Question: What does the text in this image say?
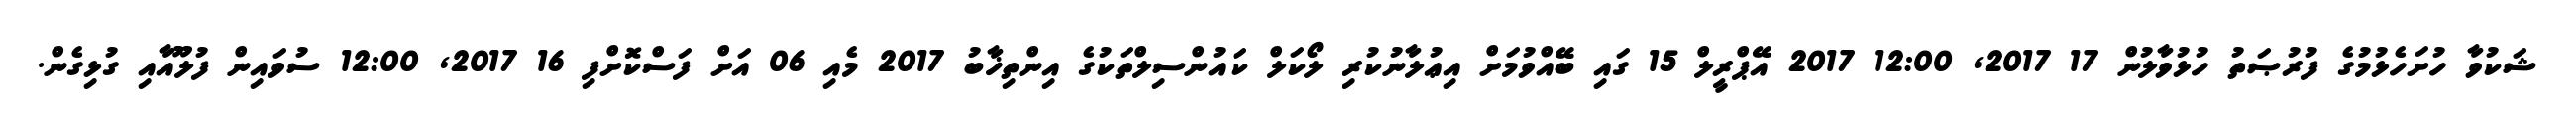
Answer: ޝަކުވާ ހުށަހެޅުމުގެ ފުރުޞަތު ހުޅުވާލުން 17 2017, 12:00 2017 އޭޕްރީލް 15 ގައި ބޭއްވުމަށް އިޢުލާނުކުރި ލޯކަލް ކައުންސިލްތަކުގެ އިންތިޚާބު 2017 މެއި 06 އަށް ފަސްކޮށްފި 16 2017, 12:00 ސުވައިން ފުލޫއާއި ގުޅިގެން.